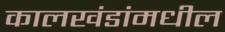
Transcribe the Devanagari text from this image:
कालखंडांमधील